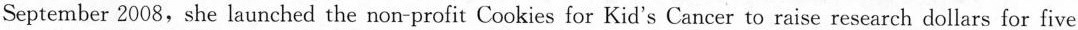
September 2008,she launched the non-profit Cookies for Kid's Cancer to raise research dollars for five